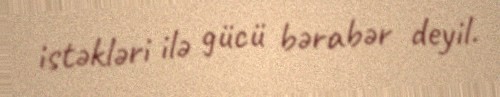
istəkləri ilə gücü bərabər deyil.